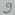
Text: 9